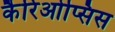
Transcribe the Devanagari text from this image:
कैरिओप्सिस